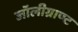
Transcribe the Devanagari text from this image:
जॉलीग्राण्ट